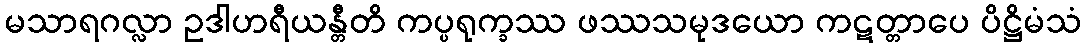
မသာရဂလ္လာ ဥဒါဟရီယန္တီတိ ကပ္ပရုက္ခဿ ဖဿသမုဒယော ကဋတ္တာပေ ပိဋ္ဌိမံသံ